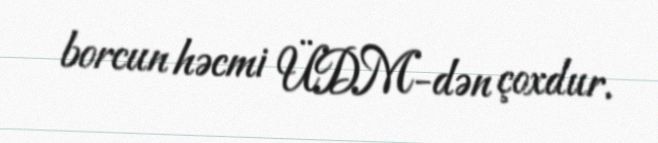
borcun həcmi ÜDM-dən çoxdur.